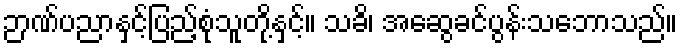
ဉာဏ်ပညာနှင့်ပြည့်စုံသူတို့နှင့်။ သခိ၊ အဆွေခင်ပွန်းသဘောသည်။